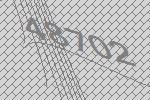
48702